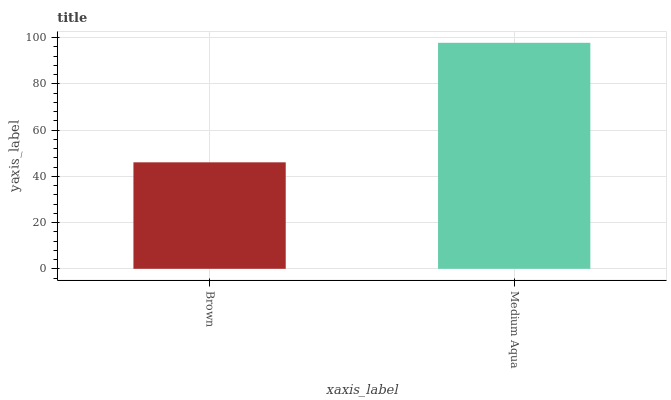
| xaxis_label | bars |
 | --- | --- |
 | Brown | 46.1 |
 | Medium Aqua | 97.7 |